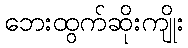
ဘေးထွက်ဆိုးကျိုး